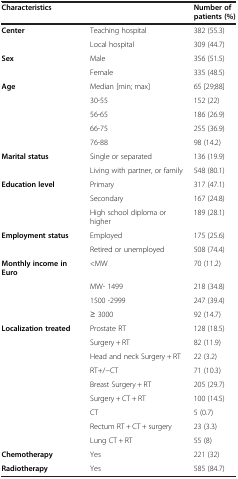
| Characteristics |  | Number of patients (%) |
 | --- | --- | --- |
 | Center | Teaching hospital | 382 (55.3) |
 |  | Local hospital | 309 (44.7) |
 | Sex | Male | 356 (51.5) |
 |  | Female | 335 (48.5) |
 | Age | Median [min; max] | 65 [29;88] |
 |  | 30-55 | 152 (22) |
 |  | 56-65 | 186 (26.9) |
 |  | 66-75 | 255 (36.9) |
 |  | 76-88 | 98 (14.2) |
 | Marital status | Single or separated | 136 (19.9) |
 |  | Living with partner, or family | 548 (80.1) |
 | Education level | Primary | 317 (47.1) |
 |  | Secondary | 167 (24.8) |
 |  | High school diploma or higher | 189 (28.1) |
 | Employment status | Employed | 175 (25.6) |
 |  | Retired or unemployed | 508 (74.4) |
 | Monthly income in Euro | <MW | 70 (11.2) |
 |  | MW- 1499 | 218 (34.8) |
 |  | 1500 -2999 | 247 (39.4) |
 |  | ≥ 3000 | 92 (14.7) |
 | Localization treated | Prostate RT | 128 (18.5) |
 |  | Surgery + RT | 82 (11.9) |
 |  | Head and neck Surgery + RT | 22 (3.2) |
 |  | RT+/-CT | 71 (10.3) |
 |  | Breast Surgery + RT | 205 (29.7) |
 |  | Surgery + CT + RT | 100 (14.5) |
 |  | CT | 5 (0.7) |
 |  | Rectum RT + CT + surgery | 23 (3.3) |
 |  | Lung CT + RT | 55 (8) |
 | Chemotherapy | Yes | 221 (32) |
 | Radiotherapy | Yes | 585 (84.7) |